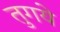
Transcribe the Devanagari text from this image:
तुगये